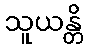
သူယန္တိ